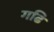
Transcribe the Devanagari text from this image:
गढि